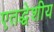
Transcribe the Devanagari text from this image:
एतद्धेशीय